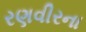
રણવીરના